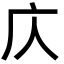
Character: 庂